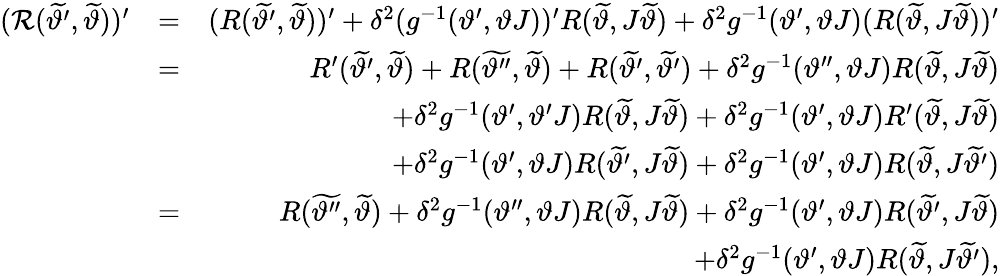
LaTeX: \begin{array}{rlr}{(\mathcal{R}(\widetilde{\vartheta^{\prime}},\widetilde{\vartheta}))^{\prime}}&{=}&{(R(\widetilde{\vartheta^{\prime}},\widetilde{\vartheta}))^{\prime}+\delta^{2}(g^{-1}(\vartheta^{\prime},\vartheta J))^{\prime}R(\widetilde{\vartheta},J\widetilde{\vartheta})+\delta^{2}g^{-1}(\vartheta^{\prime},\vartheta J)(R(\widetilde{\vartheta},J\widetilde{\vartheta}))^{\prime}}\\ &{=}&{R^{\prime}(\widetilde{\vartheta^{\prime}},\widetilde{\vartheta})+R(\widetilde{\vartheta^{\prime\prime}},\widetilde{\vartheta})+R(\widetilde{\vartheta^{\prime}},\widetilde{\vartheta^{\prime}})+\delta^{2}g^{-1}(\vartheta^{\prime\prime},\vartheta J)R(\widetilde{\vartheta},J\widetilde{\vartheta})}\\ &{}&{+\delta^{2}g^{-1}(\vartheta^{\prime},\vartheta^{\prime}J)R(\widetilde{\vartheta},J\widetilde{\vartheta})+\delta^{2}g^{-1}(\vartheta^{\prime},\vartheta J)R^{\prime}(\widetilde{\vartheta},J\widetilde{\vartheta})}\\ &{}&{+\delta^{2}g^{-1}(\vartheta^{\prime},\vartheta J)R(\widetilde{\vartheta^{\prime}},J\widetilde{\vartheta})+\delta^{2}g^{-1}(\vartheta^{\prime},\vartheta J)R(\widetilde{\vartheta},J\widetilde{\vartheta^{\prime}})}\\ &{=}&{R(\widetilde{\vartheta^{\prime\prime}},\widetilde{\vartheta})+\delta^{2}g^{-1}(\vartheta^{\prime\prime},\vartheta J)R(\widetilde{\vartheta},J\widetilde{\vartheta})+\delta^{2}g^{-1}(\vartheta^{\prime},\vartheta J)R(\widetilde{\vartheta^{\prime}},J\widetilde{\vartheta})}\\ &{}&{+\delta^{2}g^{-1}(\vartheta^{\prime},\vartheta J)R(\widetilde{\vartheta},J\widetilde{\vartheta^{\prime}}),}\end{array}